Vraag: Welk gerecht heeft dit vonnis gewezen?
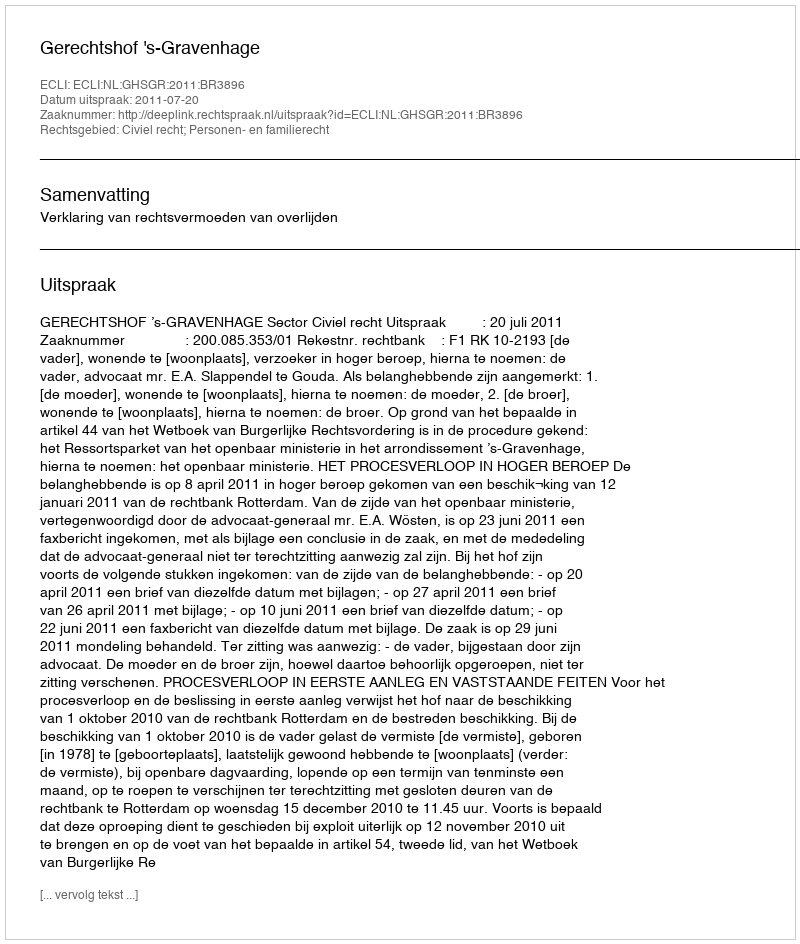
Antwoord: Gerechtshof 's-Gravenhage